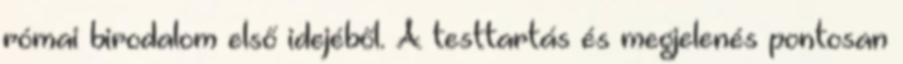
római birodalom első idejéből. A testtartás és megjelenés pontosan